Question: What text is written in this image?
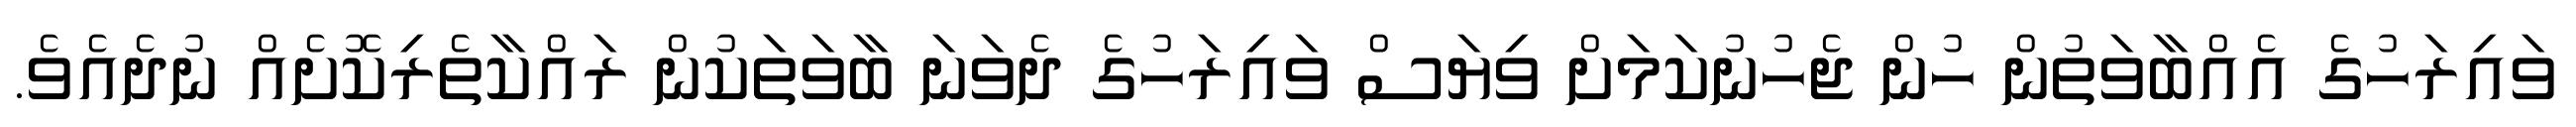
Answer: ވައިރަހުގެ އެއްބާވަތުން ހުން ޖެހުނުކަމަށް ވިޔަސް ވައިރަހުގެ ދެވަނަ ބާވަތަކުން ރައްކާތެރިކޮށެއް ނުދެއެވެ.